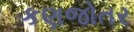
કણજોતર